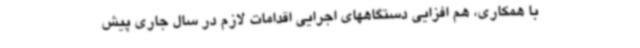
با همکاری، هم افزایی دستگاههای اجرایی اقدامات لازم در سال جاری پیش